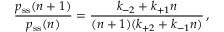
\frac { p _ { \mathrm { s s } } ( n + 1 ) } { p _ { \mathrm { s s } } ( n ) } = \frac { k _ { - 2 } + k _ { + 1 } n } { ( n + 1 ) ( k _ { + 2 } + k _ { - 1 } n ) } \, ,